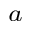
_ a